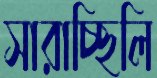
সারাচ্ছিলি